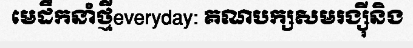
មេដឹកនាំថ្មីeveryday: គណបក្សសមរង្ស៊ីនិង